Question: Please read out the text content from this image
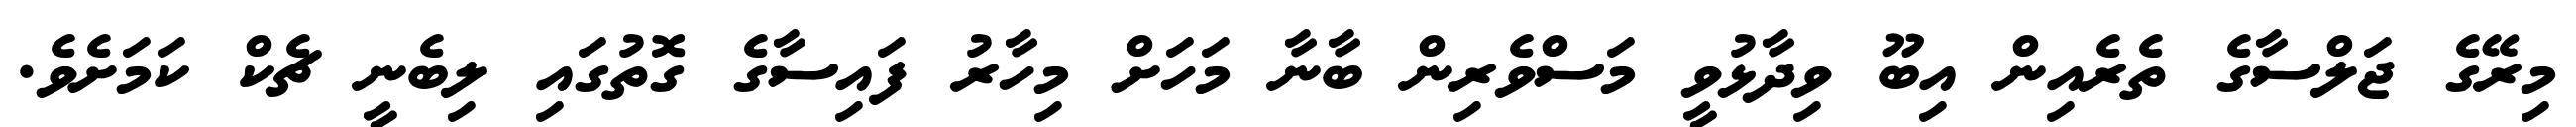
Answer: މިރޭގެ ޖަލްސާގެ ތެރެއިން އިބޫ ވިދާޅުވީ މަސްވެރިން ބާނާ މަހަށް މިހާރު ފައިސާގެ ގޮތުގައި ލިބެނީ ޗެކް ކަމަށެވެ.